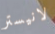
لانيستر